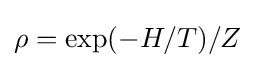
\rho =\exp(-H/T)/Z